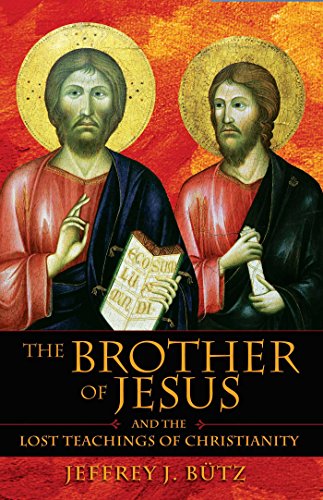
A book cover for The Brother of Jesus and the Lost Teachings of Christianity; Jeffrey J. BÃ¼tz; Christian Books & Bibles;